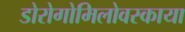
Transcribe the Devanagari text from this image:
डोरोगोमिलोवस्काया